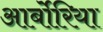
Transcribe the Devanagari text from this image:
आर्बोरिया